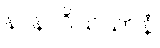
နာနာဝိသယာနံ